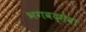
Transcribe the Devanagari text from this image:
भगवद्सेवा